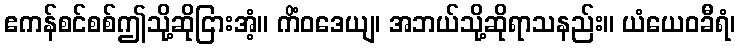
ဧကန်စင်စစ်ဤသို့ဆိုငြားအံ့။ ကိံဝဒေယျ၊ အဘယ်သို့ဆိုရာသနည်း။ ယံယေဝခီရံ၊